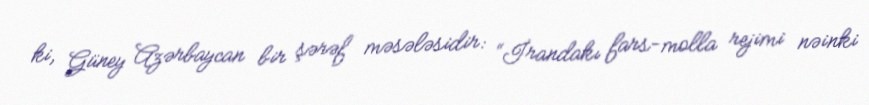
ki, Güney Azərbaycan bir şərəf məsələsidir: “İrandakı fars-molla rejimi nəinki